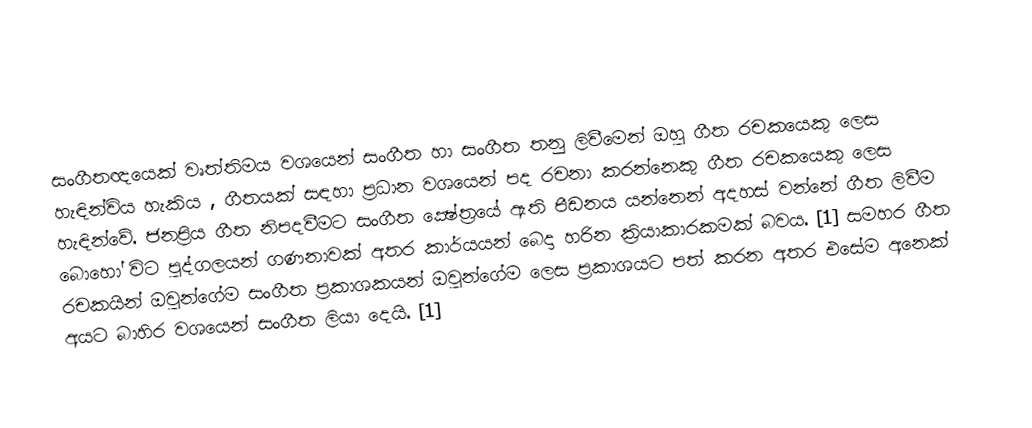
සංගීතඥයෙක් වෘත්තිමය වශයෙන් සංගීත හා සංගීත තනු ලිවීමෙන් ඔහු ගීත  රචකයෙකු ලෙස හැඳින්විය හැකිය , ගීතයක් සඳහා ප්‍රධාන වශයෙන් පද රචනා කරන්නෙකු ගීත රචකයෙකු ලෙස හැඳින්වේ. ජනප්‍රිය ගීත නිපදවීමට සංගීත ක්‍ෂේත්‍රයේ ඇති පීඩනය යන්නෙන් අදහස් වන්නේ ගීත ලිවීම බොහෝ විට පුද්ගලයන් ගණනාවක් අතර කාර්යයන් බෙදා හරින ක්‍රියාකාරකමක් බවය. [1] සමහර ගීත රචකයින් ඔවුන්ගේම සංගීත ප්‍රකාශකයන් ඔවුන්ගේම ලෙස ප්‍රකාශයට පත් කරන අතර එසේම අනෙක් අයට බාහිර වශයෙන් සංගීත ලියා දෙයි. [1]